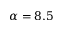
\alpha = 8 . 5